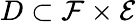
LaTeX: D\subset\mathcal{F}\times\mathcal{E}